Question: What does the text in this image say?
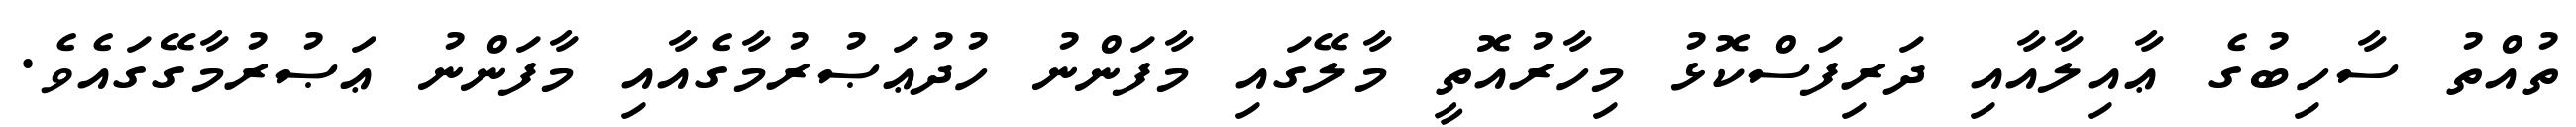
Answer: ތުއްތު ސާހިބުގެ ޢާއިލާއާއި ދަރިފަސްކޮޅު މިހާރުއޮތީ މާލޭގައި މާފަންނު ހުދުޢަޞުރުމާގެއާއި މާފަންނު ޢަޞުރުމާގޭގައެވެ.